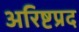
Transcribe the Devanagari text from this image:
अरिष्टप्रद